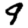
Digit: 9